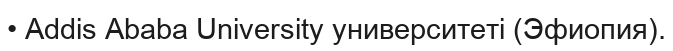
• Addis Ababa University университеті (Эфиопия).